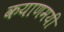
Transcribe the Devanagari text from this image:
कयाणमयी